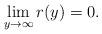
LaTeX: \begin{align*}\lim_{y\to \infty} r(y) = 0.\end{align*}